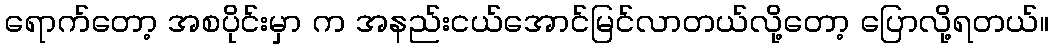
ရောက်တော့ အစပိုင်းမှာ က အနည်းငယ်အောင်မြင်လာတယ်လို့တော့ ပြောလို့ရတယ်။